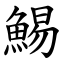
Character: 鯣